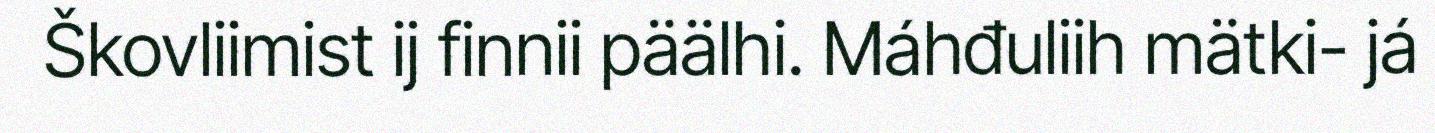
Škovliimist ij finnii päälhi. Máhđuliih mätki- já